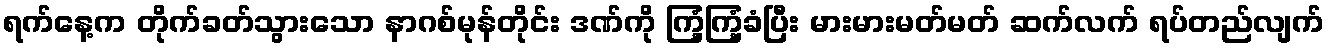
ရက်နေ့က တိုက်ခတ်သွားသော နာဂစ်မုန်တိုင်း ဒဏ်ကို ကြံ့ကြံ့ခံပြီး မားမားမတ်မတ် ဆက်လက် ရပ်တည်လျက်